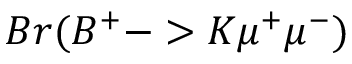
B r ( B ^ { + } - > K \mu ^ { + } \mu ^ { - } )